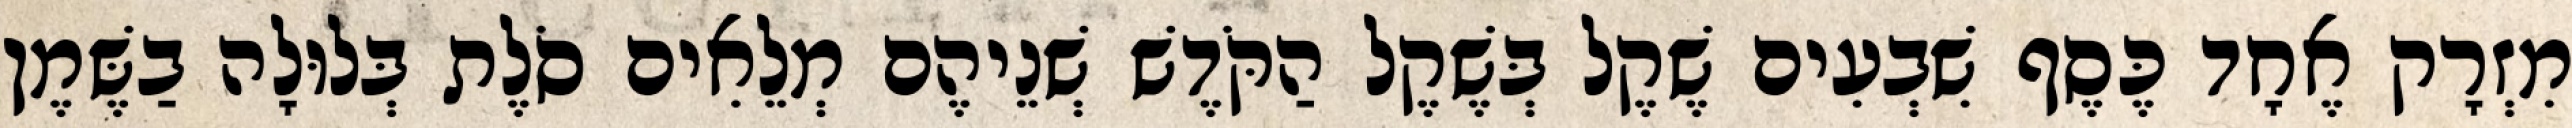
מִזְרָק אֶחָד כֶּסֶף שִׁבְעִים שֶׁקֶל בְּשֶׁקֶל הַקֹּדֶשׁ שְׁנֵיהֶם מְלֵאִים סֹלֶת בְּלוּלָה בַשֶּׁמֶן